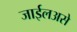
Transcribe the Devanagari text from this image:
जाईलअसे